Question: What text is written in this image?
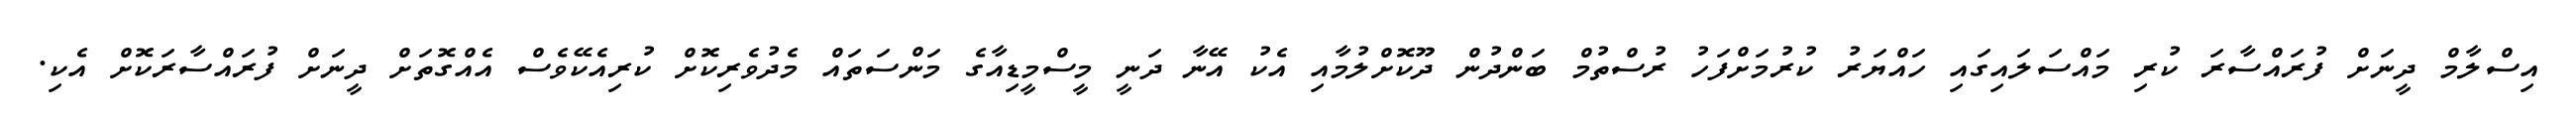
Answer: އިސްލާމް ދީނަށް ފުރައްސާރަ ކުރި މައްސަލައިގައި ހައްޔަރު ކުރުމަށްފަހު ރުސްތުމް ބަންދުން ދޫކޮށްލުމާއި އެކު އޭނާ ދަނީ މީސްމީޑިއާގެ މަންސަތައް މެދުވެރިކޮށް ކުރިއެކޭވެސް އެއްގޮތަށް ދީނަށް ފުރައްސާރަކޮށް އެކި.